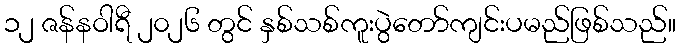
၁၂ ဇန်နဝါရီ ၂၀၂၆ တွင် နှစ်သစ်ကူးပွဲတော်ကျင်းပမည်ဖြစ်သည်။